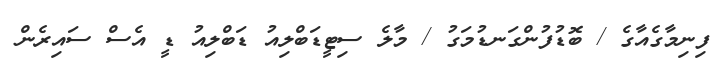
ފިނިމާގެއާގެ / ބޮޑުފުންގަނޑުމަގު / މާލެ ސިޓީޑަބްލިއު ޑަބްލިއު ޑީ އެސް ސައިރެން